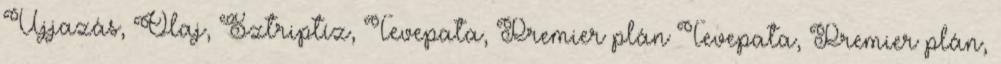
Ujjazás, Olaj, Sztriptíz, Tevepata, Premier plán Tevepata, Premier plán,